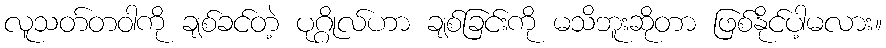
လူသတ်တဝါကို ချစ်ခင်တဲ့ ပုဂ္ဂိုလ်ဟာ ချစ်ခြင်းကို မသိဘူးဆိုတာ ဖြစ်နိုင်ပါ့မလား။